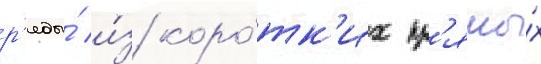
р'яды́ и́з коро́тк'их пр'ямы́х